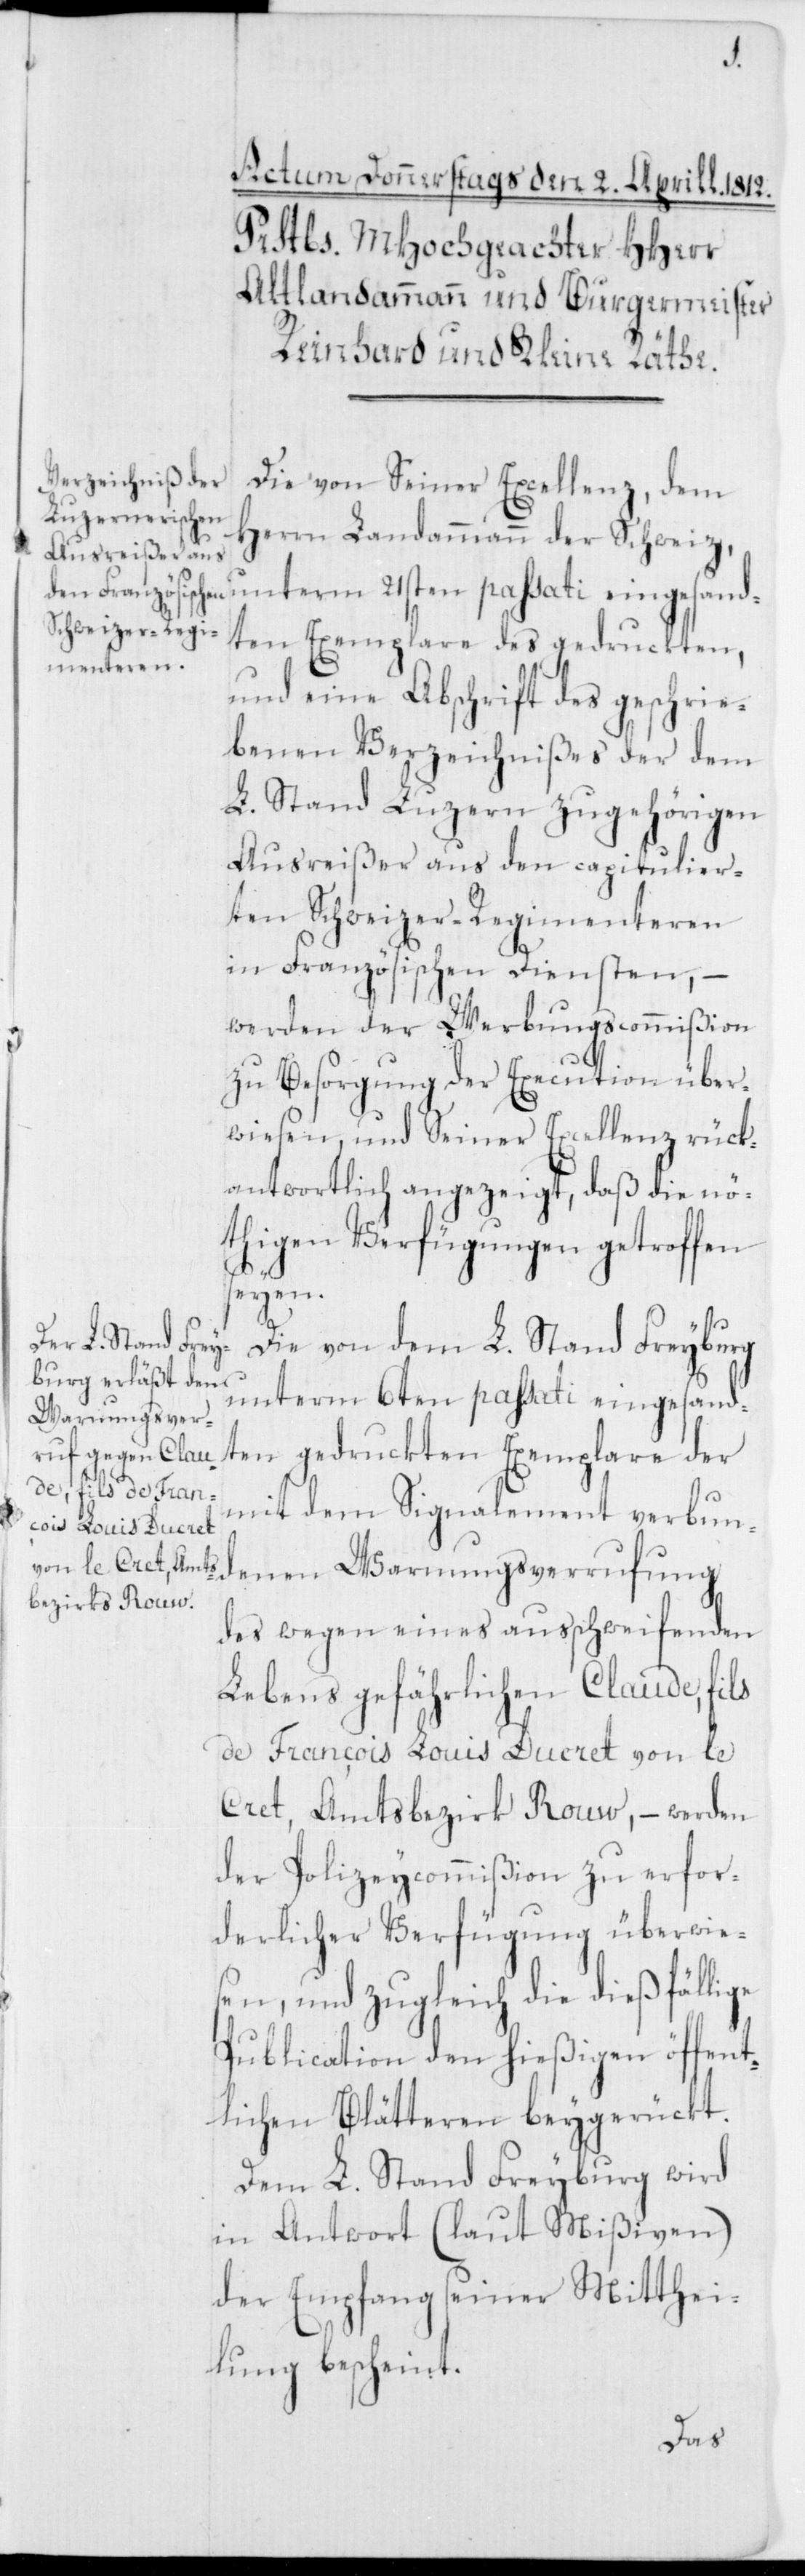
Die von Seiner Excellenz, dem
Herrn Landammann der Schweiz,
unterm 21sten passati eingesand¬
ten Exemplare des gedruckten,
und eine Abschrift des geschrie¬
benen Verzeichnißes der dem
L. Stand Luzern zugehörigen
Ausreißer aus den capitulier¬
ten Schweizer-Regimenteren
in Französischen Diensten, –
werden der Werbungscommißion
zu Besorgung der Execution über¬
wiesen, und Seiner Excellenz rück¬
antwortlich angezeigt, daß die nö¬
thigen Verfügungen getroffen
seyen.
Die von dem L. Stand Freyburg
unterm 6ten passati eingesand¬
ten gedruckten Exemplare der
mit dem Signalement verbun¬
denen Warnungsverrufung
des wegen eines ausschweifenden
Lebens gefährlichen Claude, fils
de François Louis Ducret von le
Crêt, Amtsbezirk Rouw, – werden
der Polizeycommißion zu erfor¬
derlicher Verfügung überwies¬
en, und zugleich die dießfällige
Publication den hießigen öffent¬
lichen Blätteren beygerückt.
Dem L. Stand Freyburg wird
in Antwort (laut Mißiven)
der Empfang seiner Mitthei¬
lung bescheint.